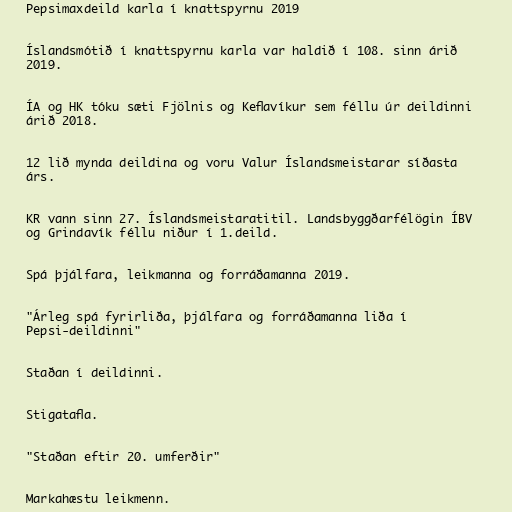
Pepsimaxdeild karla í knattspyrnu 2019

Íslandsmótið í knattspyrnu karla var haldið í 108. sinn árið
2019.

ÍA og HK tóku sæti Fjölnis og Keflavíkur sem féllu úr deildinni
árið 2018.

12 lið mynda deildina og voru Valur Íslandsmeistarar síðasta
árs.

KR vann sinn 27. Íslandsmeistaratitil. Landsbyggðarfélögin ÍBV
og Grindavík féllu niður í 1.deild.

Spá þjálfara, leikmanna og forráðamanna 2019.

"Árleg spá fyrirliða, þjálfara og forráðamanna liða í
Pepsi-deildinni"

Staðan í deildinni.

Stigatafla.

"Staðan eftir 20. umferðir"

Markahæstu leikmenn.